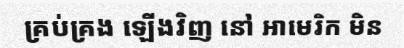
គ្រប់គ្រង ឡើងវិញ នៅ អាមេរិក មិន